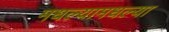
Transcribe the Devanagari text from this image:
मधल्यामधल्या